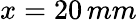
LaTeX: x=20\, mm